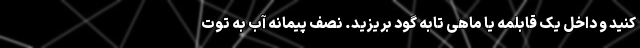
کنید و داخل یک قابلمه یا ماهی تابه گود بریزید. نصف پیمانه آب به توت